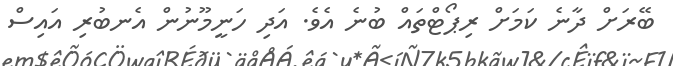
ބޭރަށް ދާނެ ކަމަށް ރިޕޯޓްތައް ބުނެ އެވެ. އަދި ހަނީމޫނުން އެނބުރި އައިސް